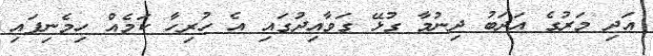
އަދި މަރުގެ އަދަބު ދިނުމާ ގުޅޭ ގަވާއިދުގައި އެ ހުރިހާ ކަމެއް ހިމެނިފައި